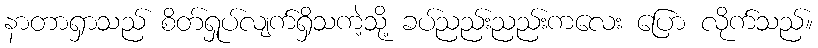
နာတာရှာသည် စိတ်ရှုပ်လျက်ရှိသကဲ့သို့ ခပ်ညည်းညည်းကလေး ပြော လိုက်သည်။